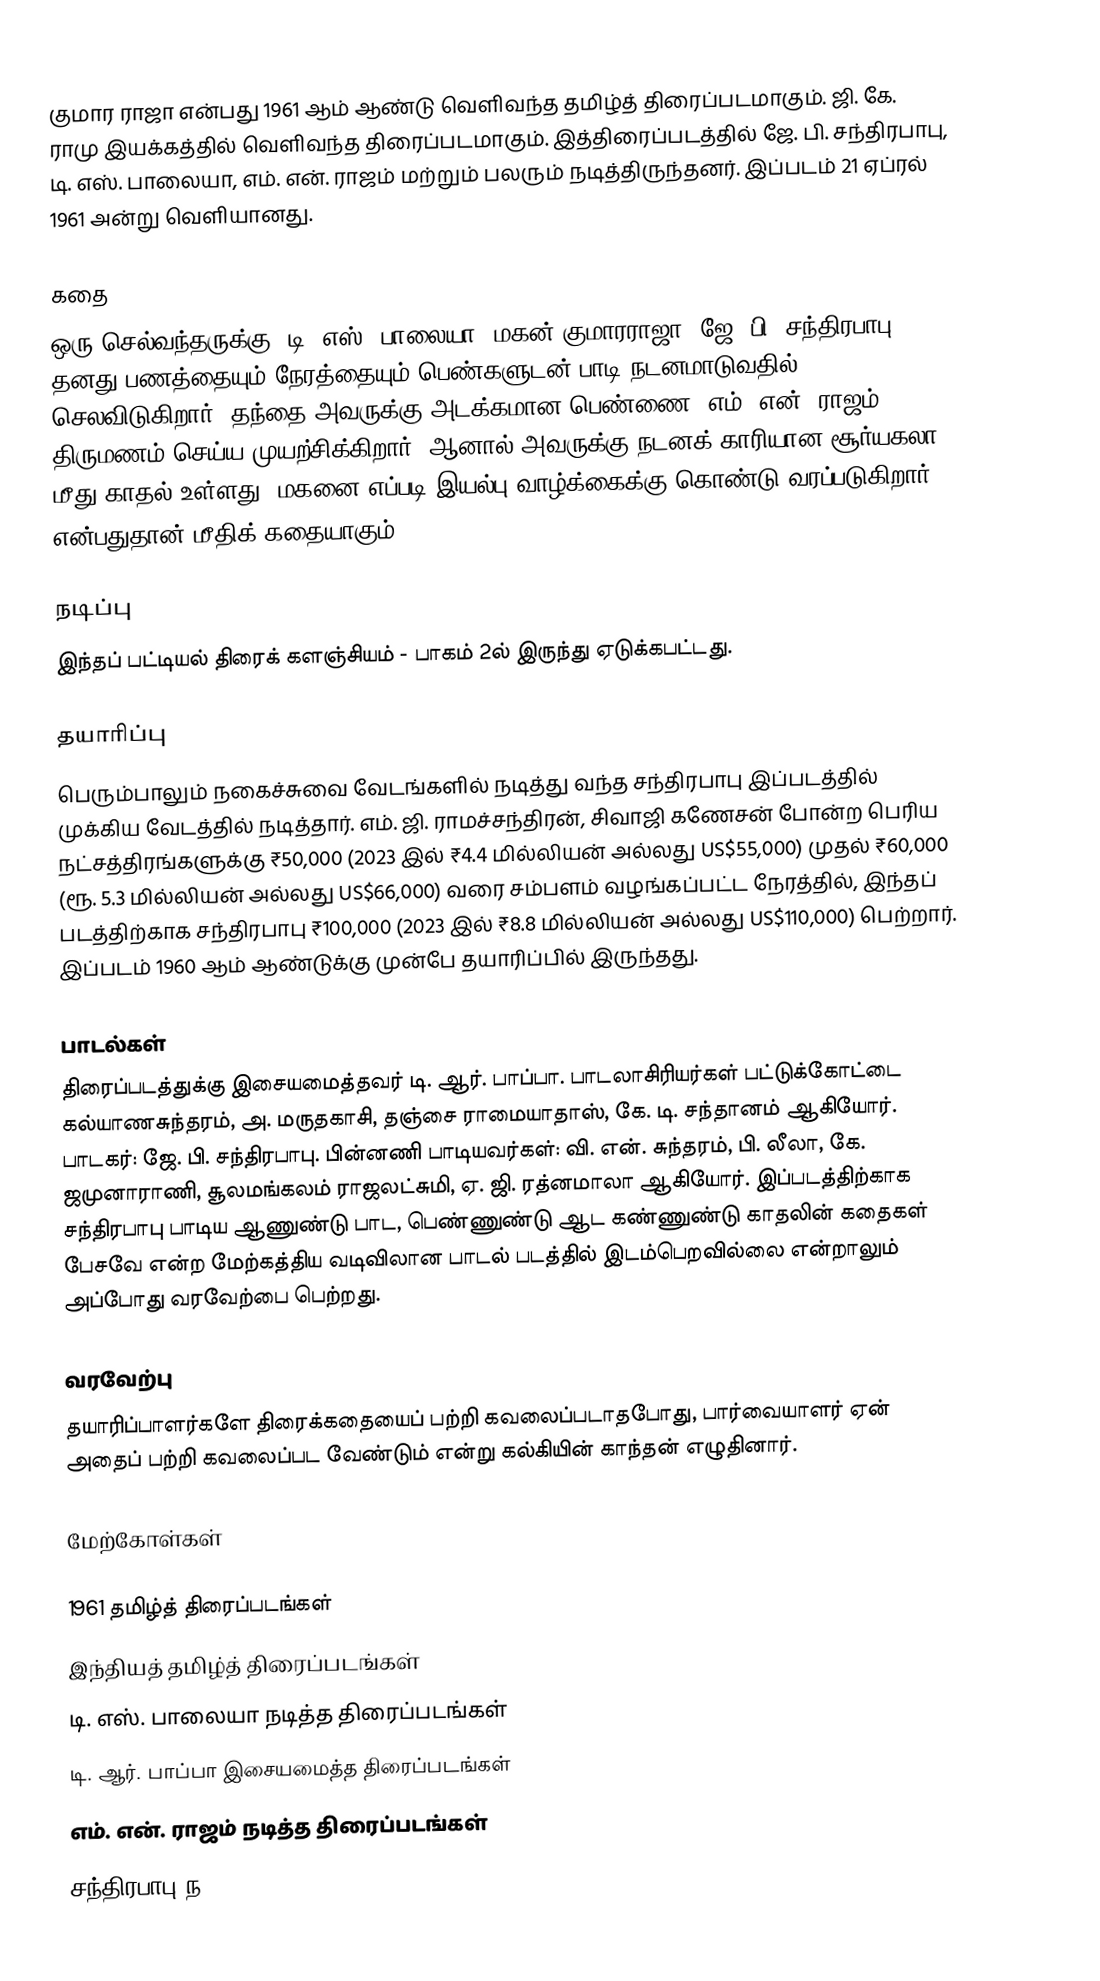
குமார ராஜா என்பது 1961 ஆம் ஆண்டு வெளிவந்த தமிழ்த் திரைப்படமாகும். ஜி. கே. ராமு இயக்கத்தில் வெளிவந்த திரைப்படமாகும். இத்திரைப்படத்தில் ஜே. பி. சந்திரபாபு, டி. எஸ். பாலையா, எம். என். ராஜம் மற்றும் பலரும் நடித்திருந்தனர். இப்படம் 21 ஏப்ரல் 1961 அன்று வெளியானது.

கதை
ஒரு செல்வந்தருக்கு (டி. எஸ். பாலையா)  மகன் குமாரராஜா (ஜே. பி. சந்திரபாபு) தனது பணத்தையும் நேரத்தையும் பெண்களுடன் பாடி நடனமாடுவதில் செலவிடுகிறார். தந்தை அவருக்கு அடக்கமான பெண்ணை (எம். என். ராஜம்) திருமணம் செய்ய முயற்சிக்கிறார். ஆனால் அவருக்கு நடனக் காரியான சூர்யகலா மீது காதல் உள்ளது. மகனை எப்படி இயல்பு வாழ்க்கைக்கு கொண்டு வரப்படுகிறார் என்பதுதான் மீதிக் கதையாகும்.

நடிப்பு
இந்தப் பட்டியல் திரைக் களஞ்சியம் - பாகம் 2ல் இருந்து ஏடுக்கபட்டது.

தயாரிப்பு
பெரும்பாலும் நகைச்சுவை வேடங்களில் நடித்து வந்த சந்திரபாபு இப்படத்தில் முக்கிய வேடத்தில் நடித்தார். எம். ஜி. ராமச்சந்திரன், சிவாஜி கணேசன் போன்ற பெரிய நட்சத்திரங்களுக்கு ₹50,000 (2023 இல் ₹4.4 மில்லியன் அல்லது US$55,000) முதல் ₹60,000 (ரூ. 5.3 மில்லியன் அல்லது US$66,000) வரை சம்பளம் வழங்கப்பட்ட நேரத்தில், இந்தப் படத்திற்காக சந்திரபாபு ₹100,000 (2023 இல் ₹8.8 மில்லியன் அல்லது US$110,000) பெற்றார்.  இப்படம் 1960 ஆம் ஆண்டுக்கு முன்பே தயாரிப்பில் இருந்தது.

பாடல்கள்
திரைப்படத்துக்கு இசையமைத்தவர் டி. ஆர். பாப்பா. பாடலாசிரியர்கள் பட்டுக்கோட்டை கல்யாணசுந்தரம், அ. மருதகாசி, தஞ்சை ராமையாதாஸ், கே. டி. சந்தானம் ஆகியோர். பாடகர்: ஜே. பி. சந்திரபாபு. பின்னணி பாடியவர்கள்: வி. என். சுந்தரம், பி. லீலா, கே. ஜமுனாராணி, சூலமங்கலம் ராஜலட்சுமி, ஏ. ஜி. ரத்னமாலா ஆகியோர். இப்படத்திற்காக சந்திரபாபு பாடிய ஆணுண்டு பாட, பெண்ணுண்டு ஆட கண்ணுண்டு காதலின் கதைகள் பேசவே என்ற மேற்கத்திய வடிவிலான பாடல் படத்தில் இடம்பெறவில்லை என்றாலும் அப்போது வரவேற்பை பெற்றது.

வரவேற்பு
தயாரிப்பாளர்களே திரைக்கதையைப் பற்றி கவலைப்படாதபோது, பார்வையாளர் ஏன் அதைப் பற்றி கவலைப்பட வேண்டும் என்று கல்கியின் காந்தன் எழுதினார்.

மேற்கோள்கள்

1961 தமிழ்த் திரைப்படங்கள்
இந்தியத் தமிழ்த் திரைப்படங்கள்
டி. எஸ். பாலையா நடித்த திரைப்படங்கள்
டி. ஆர். பாப்பா இசையமைத்த திரைப்படங்கள்
எம். என். ராஜம் நடித்த திரைப்படங்கள்
சந்திரபாபு ந